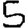
Digit: 5